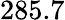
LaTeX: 285.7